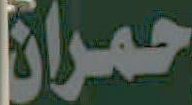
حمران